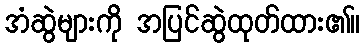
အံဆွဲများကို အပြင်ဆွဲထုတ်ထား၏။